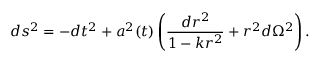
d s ^ { 2 } = - d t ^ { 2 } + a ^ { 2 } ( t ) \left( \frac { d r ^ { 2 } } { 1 - k r ^ { 2 } } + r ^ { 2 } d \Omega ^ { 2 } \right) .